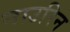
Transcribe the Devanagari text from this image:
नाउरिन